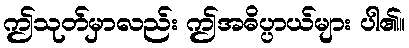
ဤသုတ်မှာလည်း ဤအဓိပ္ပာယ်များ ပါ၏။